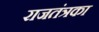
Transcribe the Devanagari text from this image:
राजतंत्रका